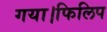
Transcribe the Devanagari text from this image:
गया।फिलिप